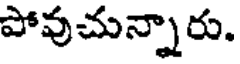
పోవుచున్నారు.